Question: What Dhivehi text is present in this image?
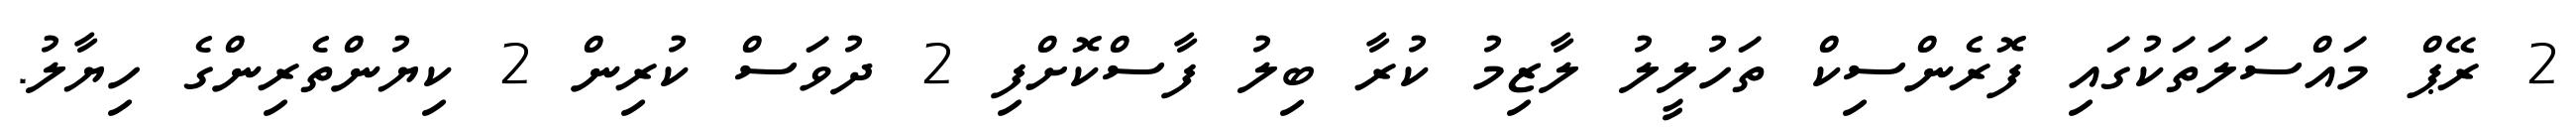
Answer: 2 ރޭޕް މައްސަލަތަކުގައި ފޮރެންސިކް ތަހުލީލު ލާޒިމު ކުރާ ބިލު ފާސްކޮށްފި 2 ދުވަސް ކުރިން 2 ކިޔުންތެރިންގެ ހިޔާލު.